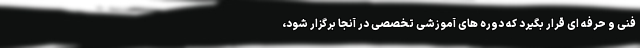
فنی و حرفه ای قرار بگیرد که دوره های آموزشی تخصصی در آنجا برگزار شود،